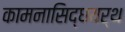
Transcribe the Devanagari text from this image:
कामनासिद्धयर्थ